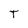
Character: T